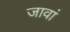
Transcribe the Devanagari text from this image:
जावां